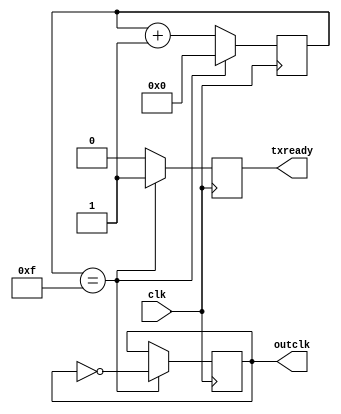
`timescale 1ns / 1ps
//////////////////////////////////////////////////////////////////////////////////
// Company: 
// Engineer: 
// 
// Design Name: 
// Module Name:    clock_divider 
// Project Name: 
// Target Devices: 
// Tool versions: 
// Description: 
//
// Dependencies: 
//
// Revision: 
// Revision 0.01 - File Created
// Additional Comments: 
//
//////////////////////////////////////////////////////////////////////////////////
module clock_divider(clk, outclk, txready);

	localparam divider = 4'd15;
	
	input clk;
	output reg outclk = 1'b0;
	output reg txready = 1'b1;
	
	reg [3:0] count = 4'b0;
	
	always @(posedge clk) begin
		if (count == divider) begin
			count <= 4'b0;
			outclk <= ~outclk;
			txready <= 1'b1;
		end else begin
			count <= count + 1;
			txready <= 1'b0;
		end
	end

endmodule